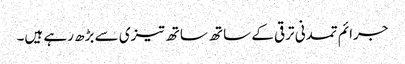
جرائم تمدنی ترقی کے ساتھ ساتھ تیزی سے بڑھ رہے ہیں۔